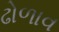
ઢોળાવ